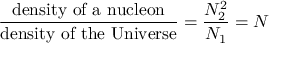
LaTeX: \frac { \mathrm { d e n s i t y \, \, o f \, \, a \, \, n u c l e o n } } { \mathrm { d e n s i t y \, \, o f \, \, t h e \, \, U n i v e r s e } } = \frac { { \cal N } _ { 2 } ^ { 2 } } { { \cal N } _ { 1 } } = { \cal N }